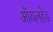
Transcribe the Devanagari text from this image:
ऑयलहेड